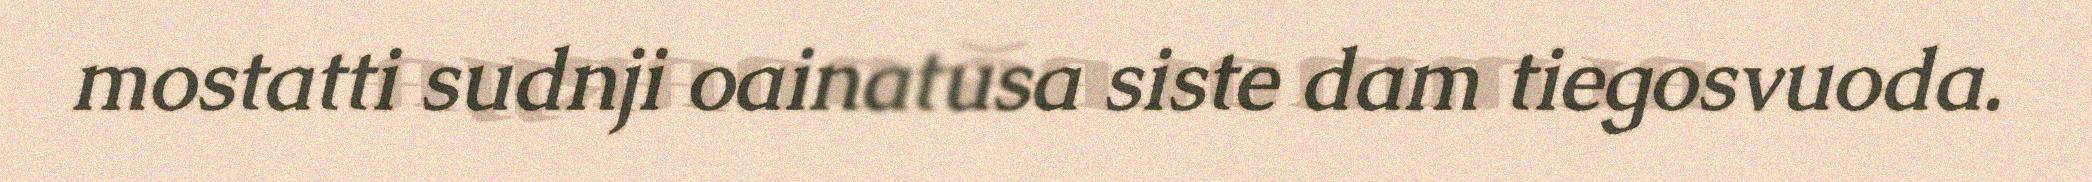
mostatti sudnji oainatusa siste dam tiegosvuoda.